Lunatic asylums Central Provinces reports 1874-1885 - 1874-1885
Year: 1874
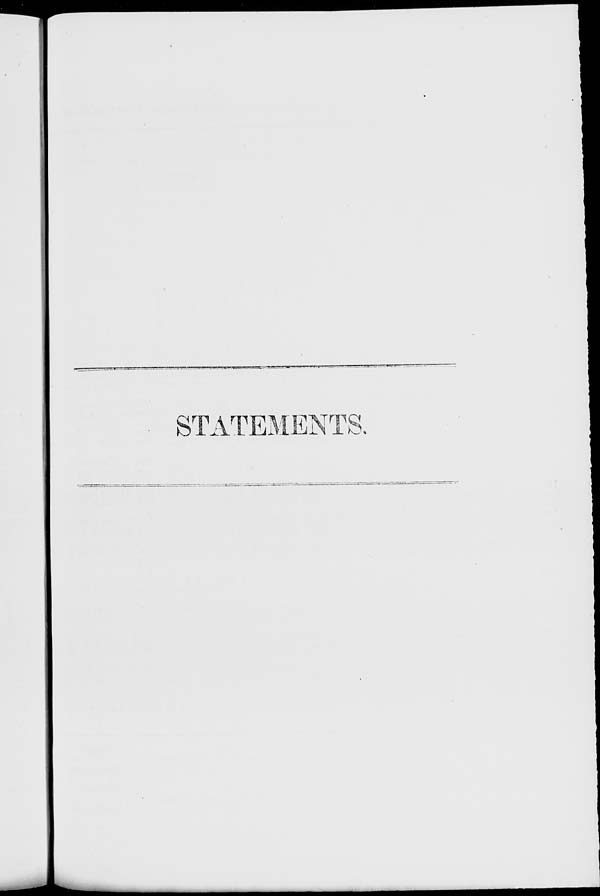
STATEMENTS.